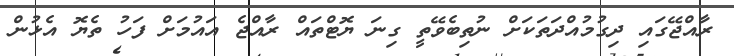
ރާއްޖޭގައި ދިގުމުއްދަތަކަށް ނުތިބެވޭތީ ގިނަ ޔޮޓްތައް ރާއްޖެ އައުމަށް ފަހު ތެޔޮ އެޅުން